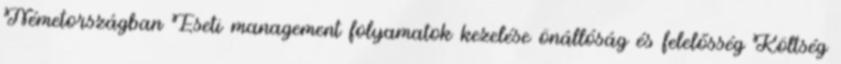
Németországban Eseti management folyamatok kezelése önállóság és felelősség Költség